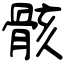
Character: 骸